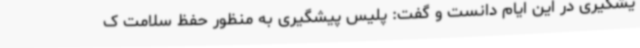
یشگیری در این ایام دانست و گفت: پلیس پیشگیری به منظور حفظ سلامت ک